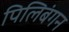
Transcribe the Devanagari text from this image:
पिलिबंगन